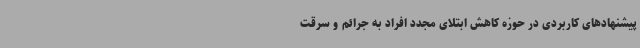
پیشنهادهای کاربردی در حوزه کاهش ابتلای مجدد افراد به جرائم و سرقت